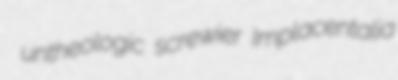
untheologic screwier Implacentalia